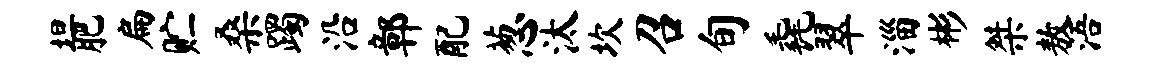
坦肥扁贮桑躅沿鄣配葱汰坎召旬毳翠淄彬桀敖浯